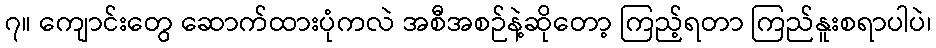
၇။ ကျောင်းတွေ ဆောက်ထားပုံကလဲ အစီအစဉ်နဲ့ဆိုတော့ ကြည့်ရတာ ကြည်နူးစရာပါပဲ၊